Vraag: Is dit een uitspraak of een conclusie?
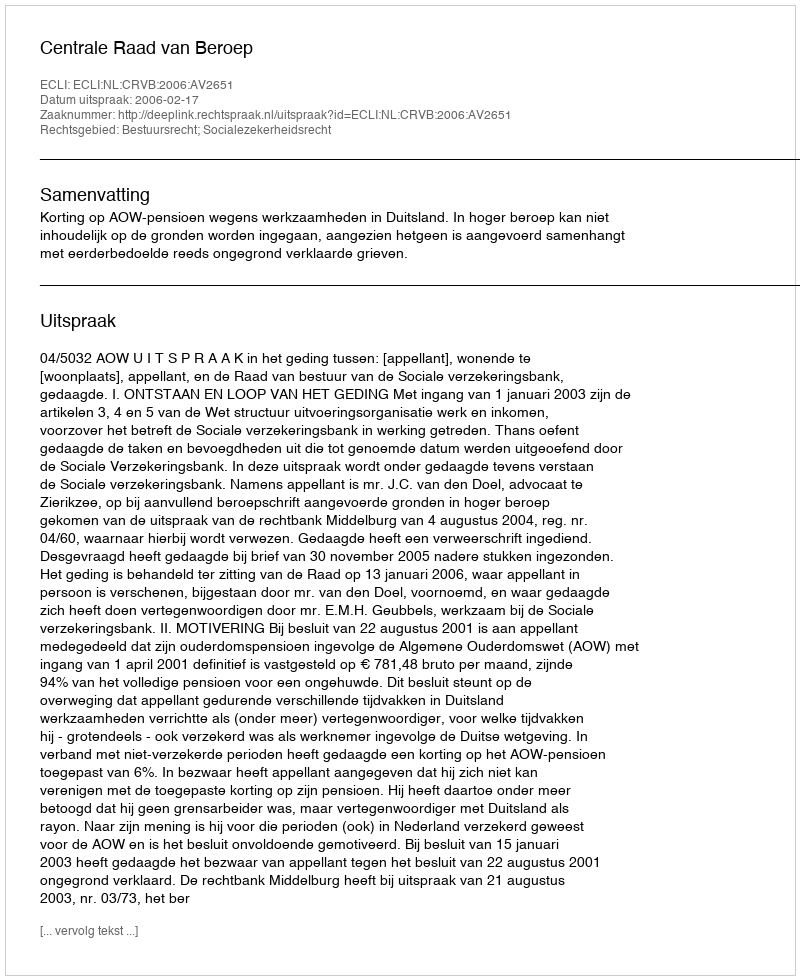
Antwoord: Uitspraak